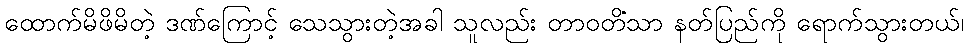
ထောက်မိဖိမိတဲ့ ဒဏ်ကြောင့် သေသွားတဲ့အခါ သူလည်း တာဝတိံသာ နတ်ပြည်ကို ရောက်သွားတယ်၊